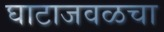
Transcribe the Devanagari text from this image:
घाटाजवळचा